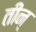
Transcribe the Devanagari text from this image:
तीन्